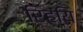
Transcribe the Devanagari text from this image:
रिहयि